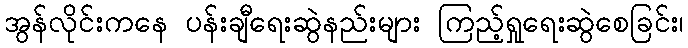
အွန်လိုင်းကနေ ပန်းချီရေးဆွဲနည်းများ ကြည့်ရှုရေးဆွဲစေခြင်း၊